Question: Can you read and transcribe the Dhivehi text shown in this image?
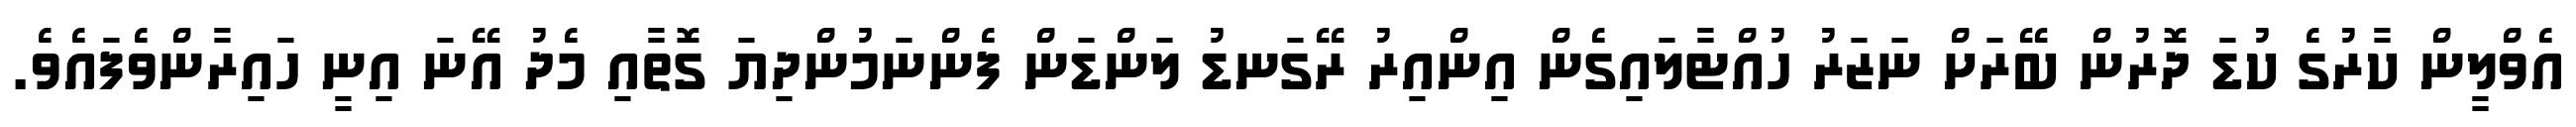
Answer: އެވްލީން ކާރުގެ ކުޑަ ދޮރުން ބޭރަށް ނަޒަރު ހުއްޓާލައިގެން އިންއިރު ރޭގަނޑު ލަންޑަން ފެންނަމުންދިޔަ ގޮތާއި މެދު އޭނަ އިނީ ހައިރާންވެފައެވެ.